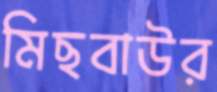
মিছবাউর